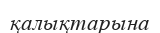
қалықтарына